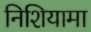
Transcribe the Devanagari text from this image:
निशियामा